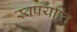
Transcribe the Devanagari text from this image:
स्वपर्याप्त